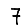
Digit: 7